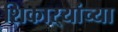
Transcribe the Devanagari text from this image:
शिकाऱ्यांच्या